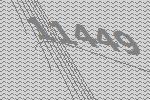
11449